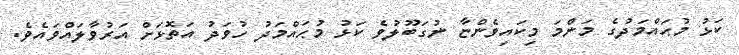
ކަޅު މުޙައްމަދުގެ މަންމަ މިކައިވެންޏާ ނުގަބޫލުވެ ކަޅު މުޙައްމަދު ހުވަދު އަތޮޅަށް އަރުވާލައްވައެވެ.